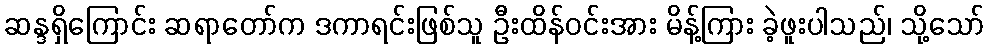
ဆန္ဒရှိကြောင်း ဆရာတော်က ဒကာရင်းဖြစ်သူ ဦးထိန်ဝင်းအား မိန့်ကြား ခဲ့ဖူးပါသည်၊ သို့သော်